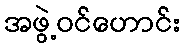
အဖွဲ့ဝင်ဟောင်း